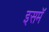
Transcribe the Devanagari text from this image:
इसमॅ